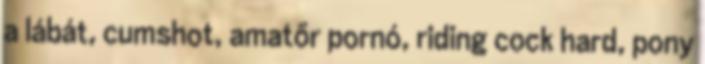
a lábát, cumshot, amatőr pornó, riding cock hard, pony